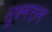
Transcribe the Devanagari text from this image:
सूक्ष्मत्तम